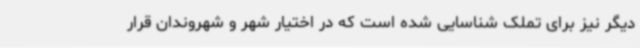
دیگر نیز برای تملک شناسایی شده است که در اختیار شهر و شهروندان قرار